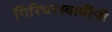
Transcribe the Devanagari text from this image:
गिरिधरस्वामींची